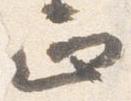
正